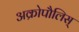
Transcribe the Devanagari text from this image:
अक्रोपौलिस्‌